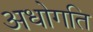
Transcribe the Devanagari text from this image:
अधोगति